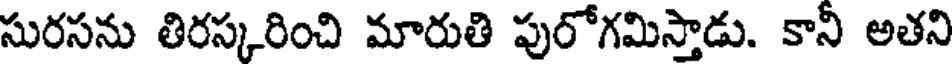
సురసను తిరస్కరించి మారుతి పురోగమిస్తాడు. కానీ అతని